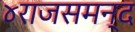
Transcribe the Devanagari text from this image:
४राजसमन्द